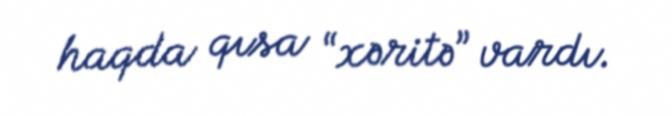
haqda qısa “xəritə” vardı.